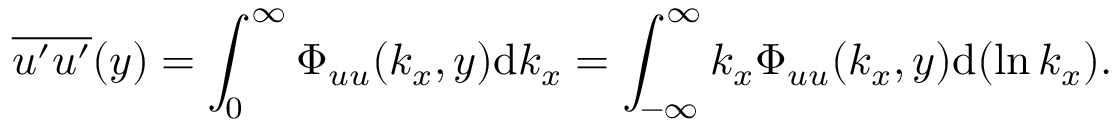
\overline { { u ^ { \prime } u ^ { \prime } } } ( y ) = \int _ { 0 } ^ { \infty } \Phi _ { u u } ( k _ { x } , y ) \mathrm { d } k _ { x } = \int _ { - \infty } ^ { \infty } k _ { x } \Phi _ { u u } ( k _ { x } , y ) \mathrm { d } ( \ln k _ { x } ) .